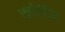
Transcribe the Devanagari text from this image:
फ्लोरंटिन